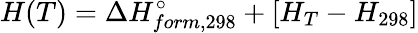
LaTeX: H(T)=\Delta H_{form,298}^{\circ}+[H_{T}-H_{298}]